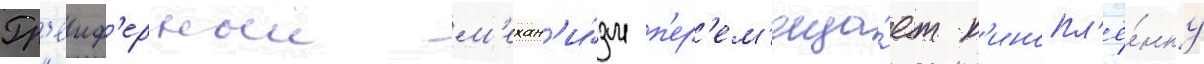
Гр'еиф'ерныи м'ехан'и́зм п'ер'ем'еща́ет к'инопл'ё́нку